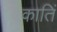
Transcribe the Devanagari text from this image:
कातिं